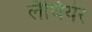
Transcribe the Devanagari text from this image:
लैथियेर